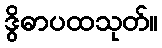
ဒွိဓာပထသုတ်။